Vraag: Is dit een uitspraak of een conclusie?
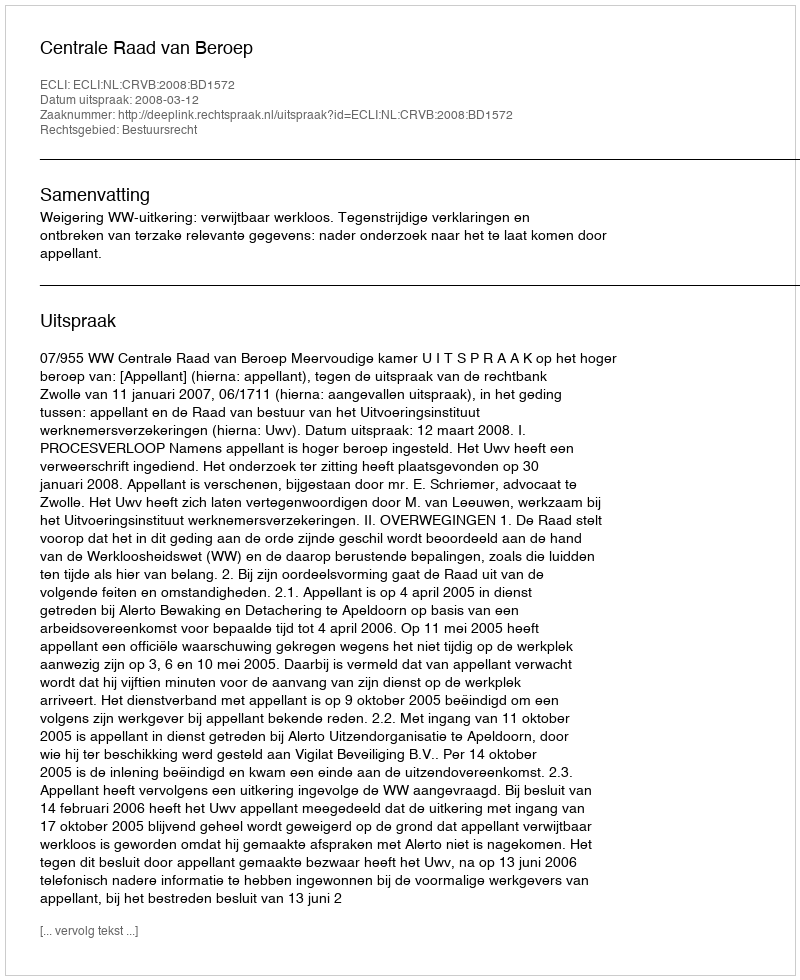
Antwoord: Uitspraak